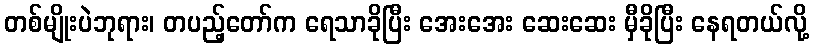
တစ်မျိုးပဲဘုရား၊ တပည့်တော်က ရေသာခိုပြီး အေးအေး ဆေးဆေး မှီခိုပြီး နေရတယ်လို့